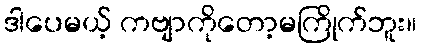
ဒါပေမယ့် ကဗျာကိုတော့မကြိုက်ဘူး။